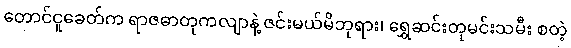
တောင်ငူခေတ်က ရာဇဓာတုကလျာနဲ့ ဇင်းမယ်မိဘုရား၊ ရွှေဆင်းတုမင်းသမီး စတဲ့